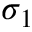
\sigma _ { 1 }